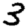
Digit: 3